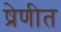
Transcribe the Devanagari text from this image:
ष्रेणीत